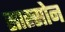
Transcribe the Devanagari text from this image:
सास्सोन